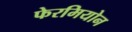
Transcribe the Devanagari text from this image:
फेरमियोन